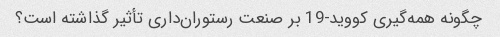
چگونه همه‌گیری کووید-19 بر صنعت رستوران‌داری تأثیر گذاشته است؟